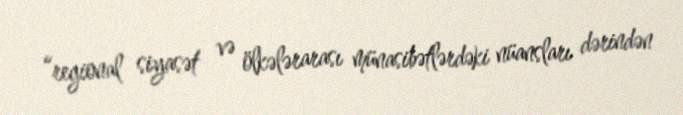
“regional siyasət və ölkələrarası münasibətlərdəki nüansları dərindən